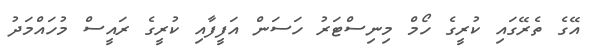
އޭގެ ތެރޭގައި ކުރީގެ ހޯމް މިނިސްޓަރު ހަސަން އަފީފާއި ކުރީގެ ރައީސް މުހައްމަދު